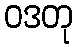
ဝဒတု